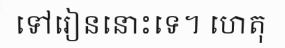
ទៅរៀននោះទេ។ ហេតុ